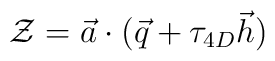
{\cal Z}=\vec{a}\cdot(\vec{q}+\tau_{4D}\vec{h})